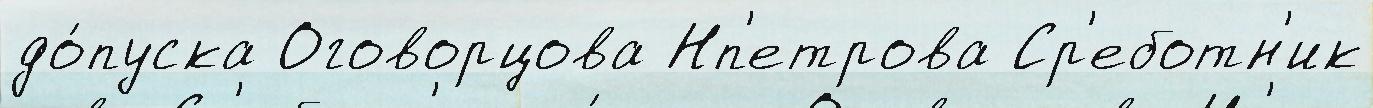
до́пуска Оговорцова Нп'етрова Ср'еботн'ик